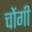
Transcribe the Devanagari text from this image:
चोंगी